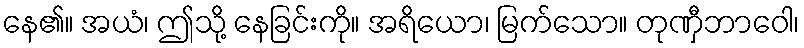
နေ၏။ အယံ၊ ဤသို့ နေခြင်းကို။ အရိယော၊ မြက်သော။ တုဏှီဘာဝေါ၊